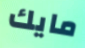
مايك